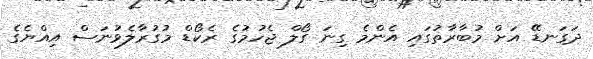
ދަގަނޑޭ އަށް މުބާރާތުގައި އެންމެ ގިނަ ގޯލް ޖެހުމުގެ ރެކޯޑް މުގުރާލެވުނަސް އިއްޔެގެ